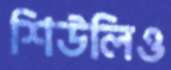
শিউলিও